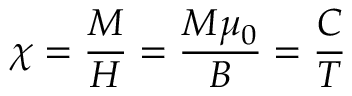
\chi = { \frac { M } { H } } = { \frac { M \mu _ { 0 } } { B } } = { \frac { C } { T } }